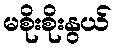
မစိုးစိုးနွယ်